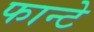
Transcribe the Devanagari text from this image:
फान्टे